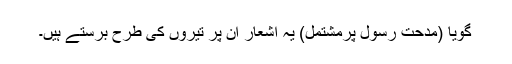
گویا (مدحتِ رسول پرمشتمل) یہ اشعار ان پر تیروں کی طرح برستے ہیں۔